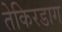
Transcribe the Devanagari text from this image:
तेकिरडाग